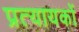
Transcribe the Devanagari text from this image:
प्रत्यायकों